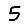
Digit: 5